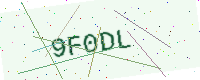
Text: 9F0DL